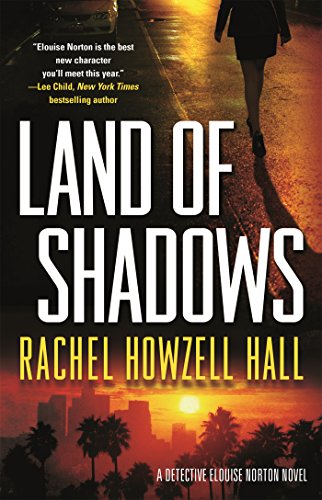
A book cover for Land of Shadows (Detective Elouise Norton); Rachel Howzell Hall; Mystery, Thriller & Suspense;